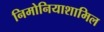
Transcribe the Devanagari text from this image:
निमोनियाशामिल